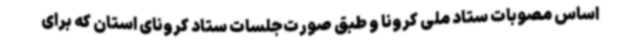
اساس مصوبات ستاد ملی کرونا و طبق صورت‌جلسات ستاد کرونای استان که برای